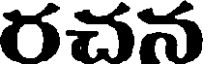
రచన